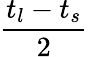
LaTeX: \frac{t_{l}-t_{s}}{2}